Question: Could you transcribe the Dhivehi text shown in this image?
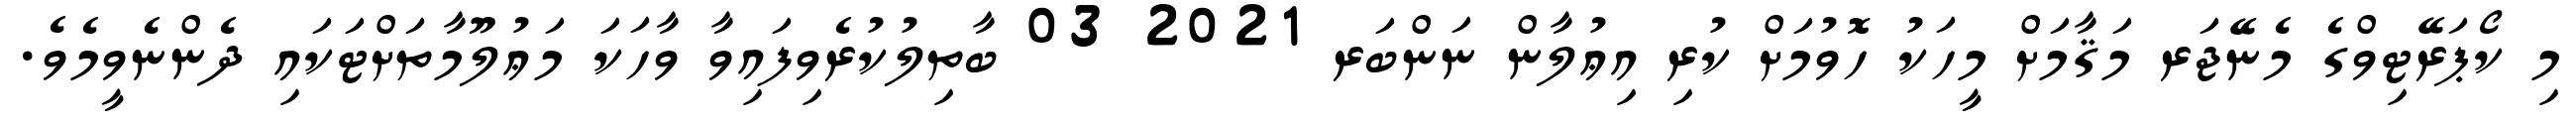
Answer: މި ކޯޕަރޭޓިވްގެ މެނޭޖަރ މަޤާމަށް މީހަކު ހޮވުމަށް ކުރި އިޢުލާން ނަންބަރ 2021 03 ބާތިލުކުރެވިފައިވާ ވާހަކަ މަޢުލޫމާތަށްޓަކައި ދެންނެވީމެވެ.